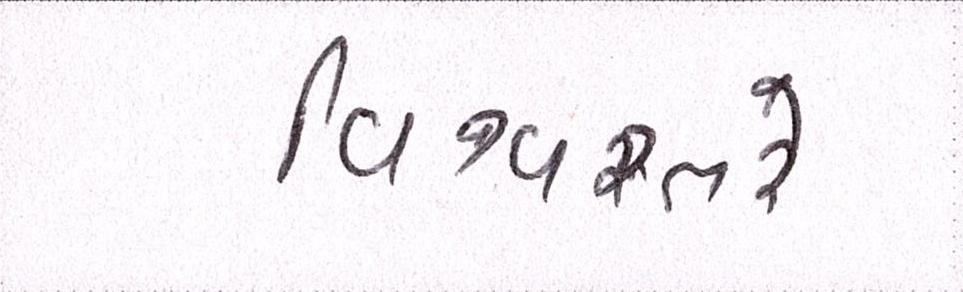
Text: વિશ્વસ્તરે